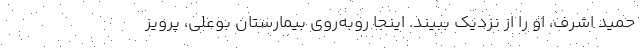
حمید اشرف، او را از نزدیک ببیند. اینجا روبه‌روی بیمارستان بوعلی، پرویز